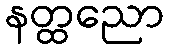
နတ္ထညော